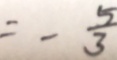
= - \frac { 5 } { 3 }